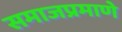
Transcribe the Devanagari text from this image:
समाजप्रमाणे